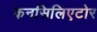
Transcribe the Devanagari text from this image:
कनसिलिएटोर